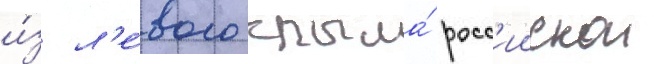
и́з л'е́вого крыла́ росс'иискои